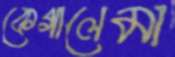
কেগালেমা